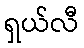
ရှယ်လီ